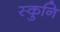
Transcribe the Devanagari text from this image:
स्कुनि